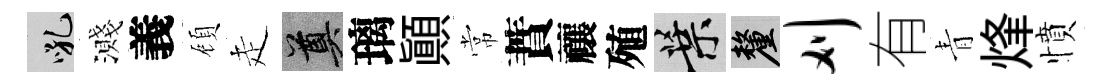
吼濺義頋走奠璃顚常蕡禳殖葉厘刈有青烽憤